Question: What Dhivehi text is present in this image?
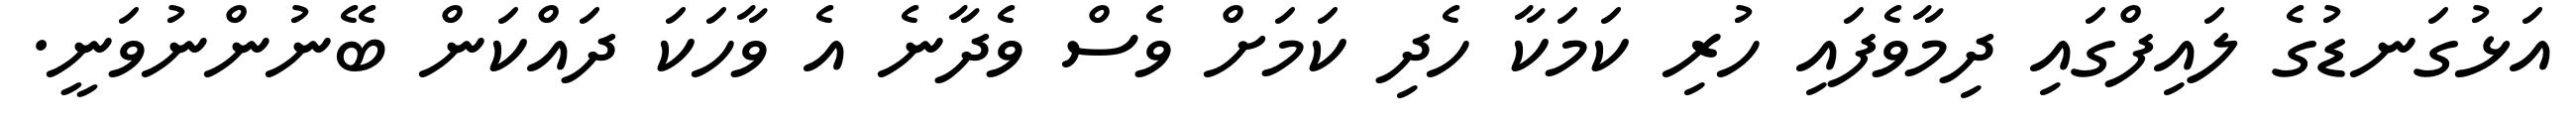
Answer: އަޅުގަނޑުގެ ލައިފްގައި ދިމާވެފައި ހުރި ކަމަކާ ހެދި ކަމަށް ވެސް ވެދާނެ އެ ވާހަކަ ދައްކަން ބޭނުންނުވަނީ.